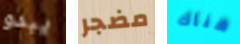
يبدو مضجر هناك